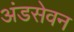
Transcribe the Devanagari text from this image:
अंडसेवन